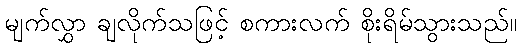
မျက်လွှာ ချလိုက်သဖြင့် စကားလက် စိုးရိမ်သွားသည်။